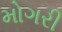
મોગરી